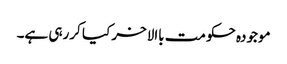
موجودہ حکومت باالاخر کیا کررہی ہے۔